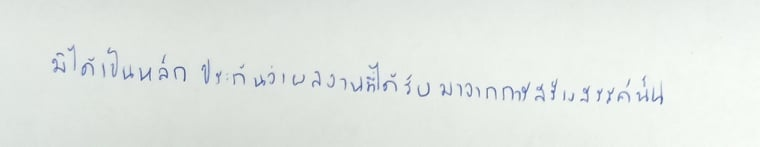
มิได้เป็นหลักประกันว่าผลงานที่ได้รับมาจากการสร้างสรรค์นั้น